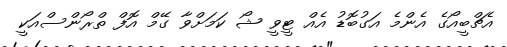
އެޗްބީއޯގެ އެންމެ އަގުބޮޑު އެއް ޓީވީ ޝޯ ކަމަށްވާ ގޭމް އޮފް ތްރޯންސްއަކީ